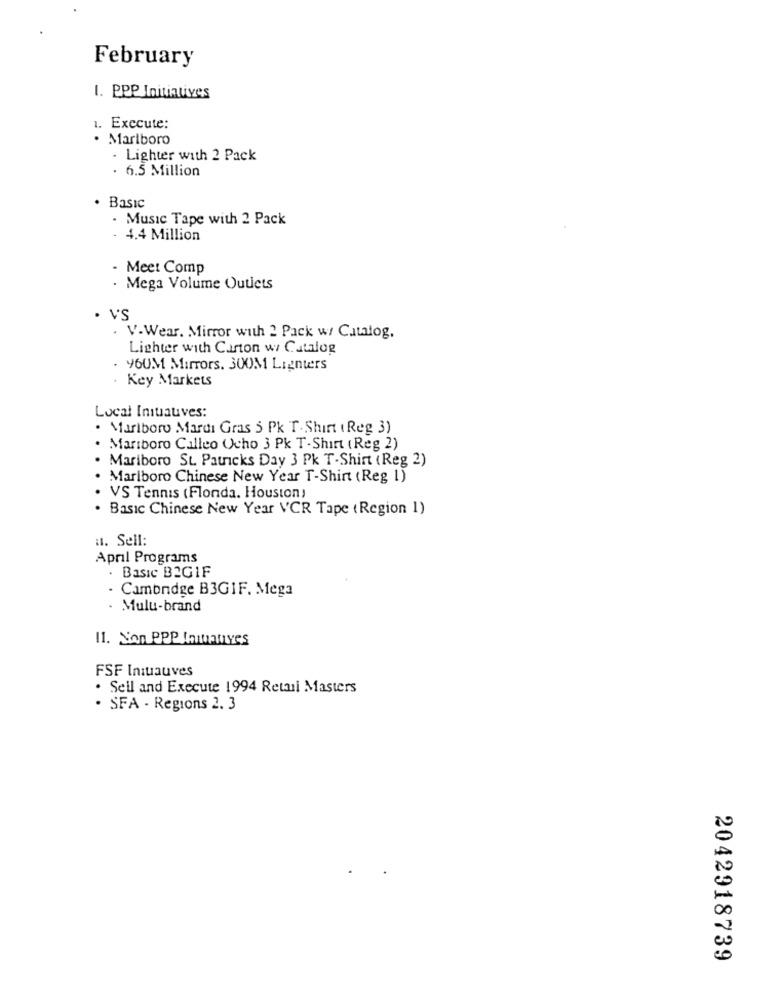
February
1. PPP Initiatives
1. Execute:
· Marlboro
- Lighter with 2 Pack
. 6.5 Million
· Basic
- Music Tape with 2 Pack
- 4.4 Million
- Meet Comp
Mega Volume Outlets
· V'S
V.Wear. Mirror with 2 Pack w/ Catalog,
Lighter with Carton w/ Catalog
. 96UM Mirrors. SOOM Lighters
Key Markets
Local Initiatives:
. Marlboro Mardi Gras 5 Pk T. Shirt (Reg 3)
Mariboro Calleo Ocho 3 Pk T- Shirt (Reg 2)
Mariboro St. Patricks Day 3 Pk T-Shirt (Reg 2)
Marlboro Chinese New Year T-Shirt (Reg 1)
VS Tennis (Flonda. Houston )
Basic Chinese New Year VCR Tape ( Region 1)
a. Sell:
April Programs
Basic B2GIF
. Camondge B3GIF. Mega
Mulu-brand
11. Non PPP Imualves
FSF Iniuauves
. Seil and Execute 1994 Retail Masters
. SFA - Regions 2. 3
2042918739